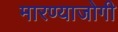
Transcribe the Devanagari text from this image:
मारण्याजोगी